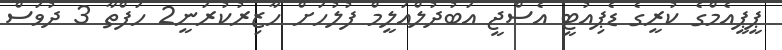
ޕީޕީއެމްގެ ކުރީގެ ޑެޕިއުޓީ އެސްޖީ އަބުދުލްއަލީމް ފުލުހަށް ހާޒިރުކުރަނީ2 ހަފްތާ 3 ދުވަސް